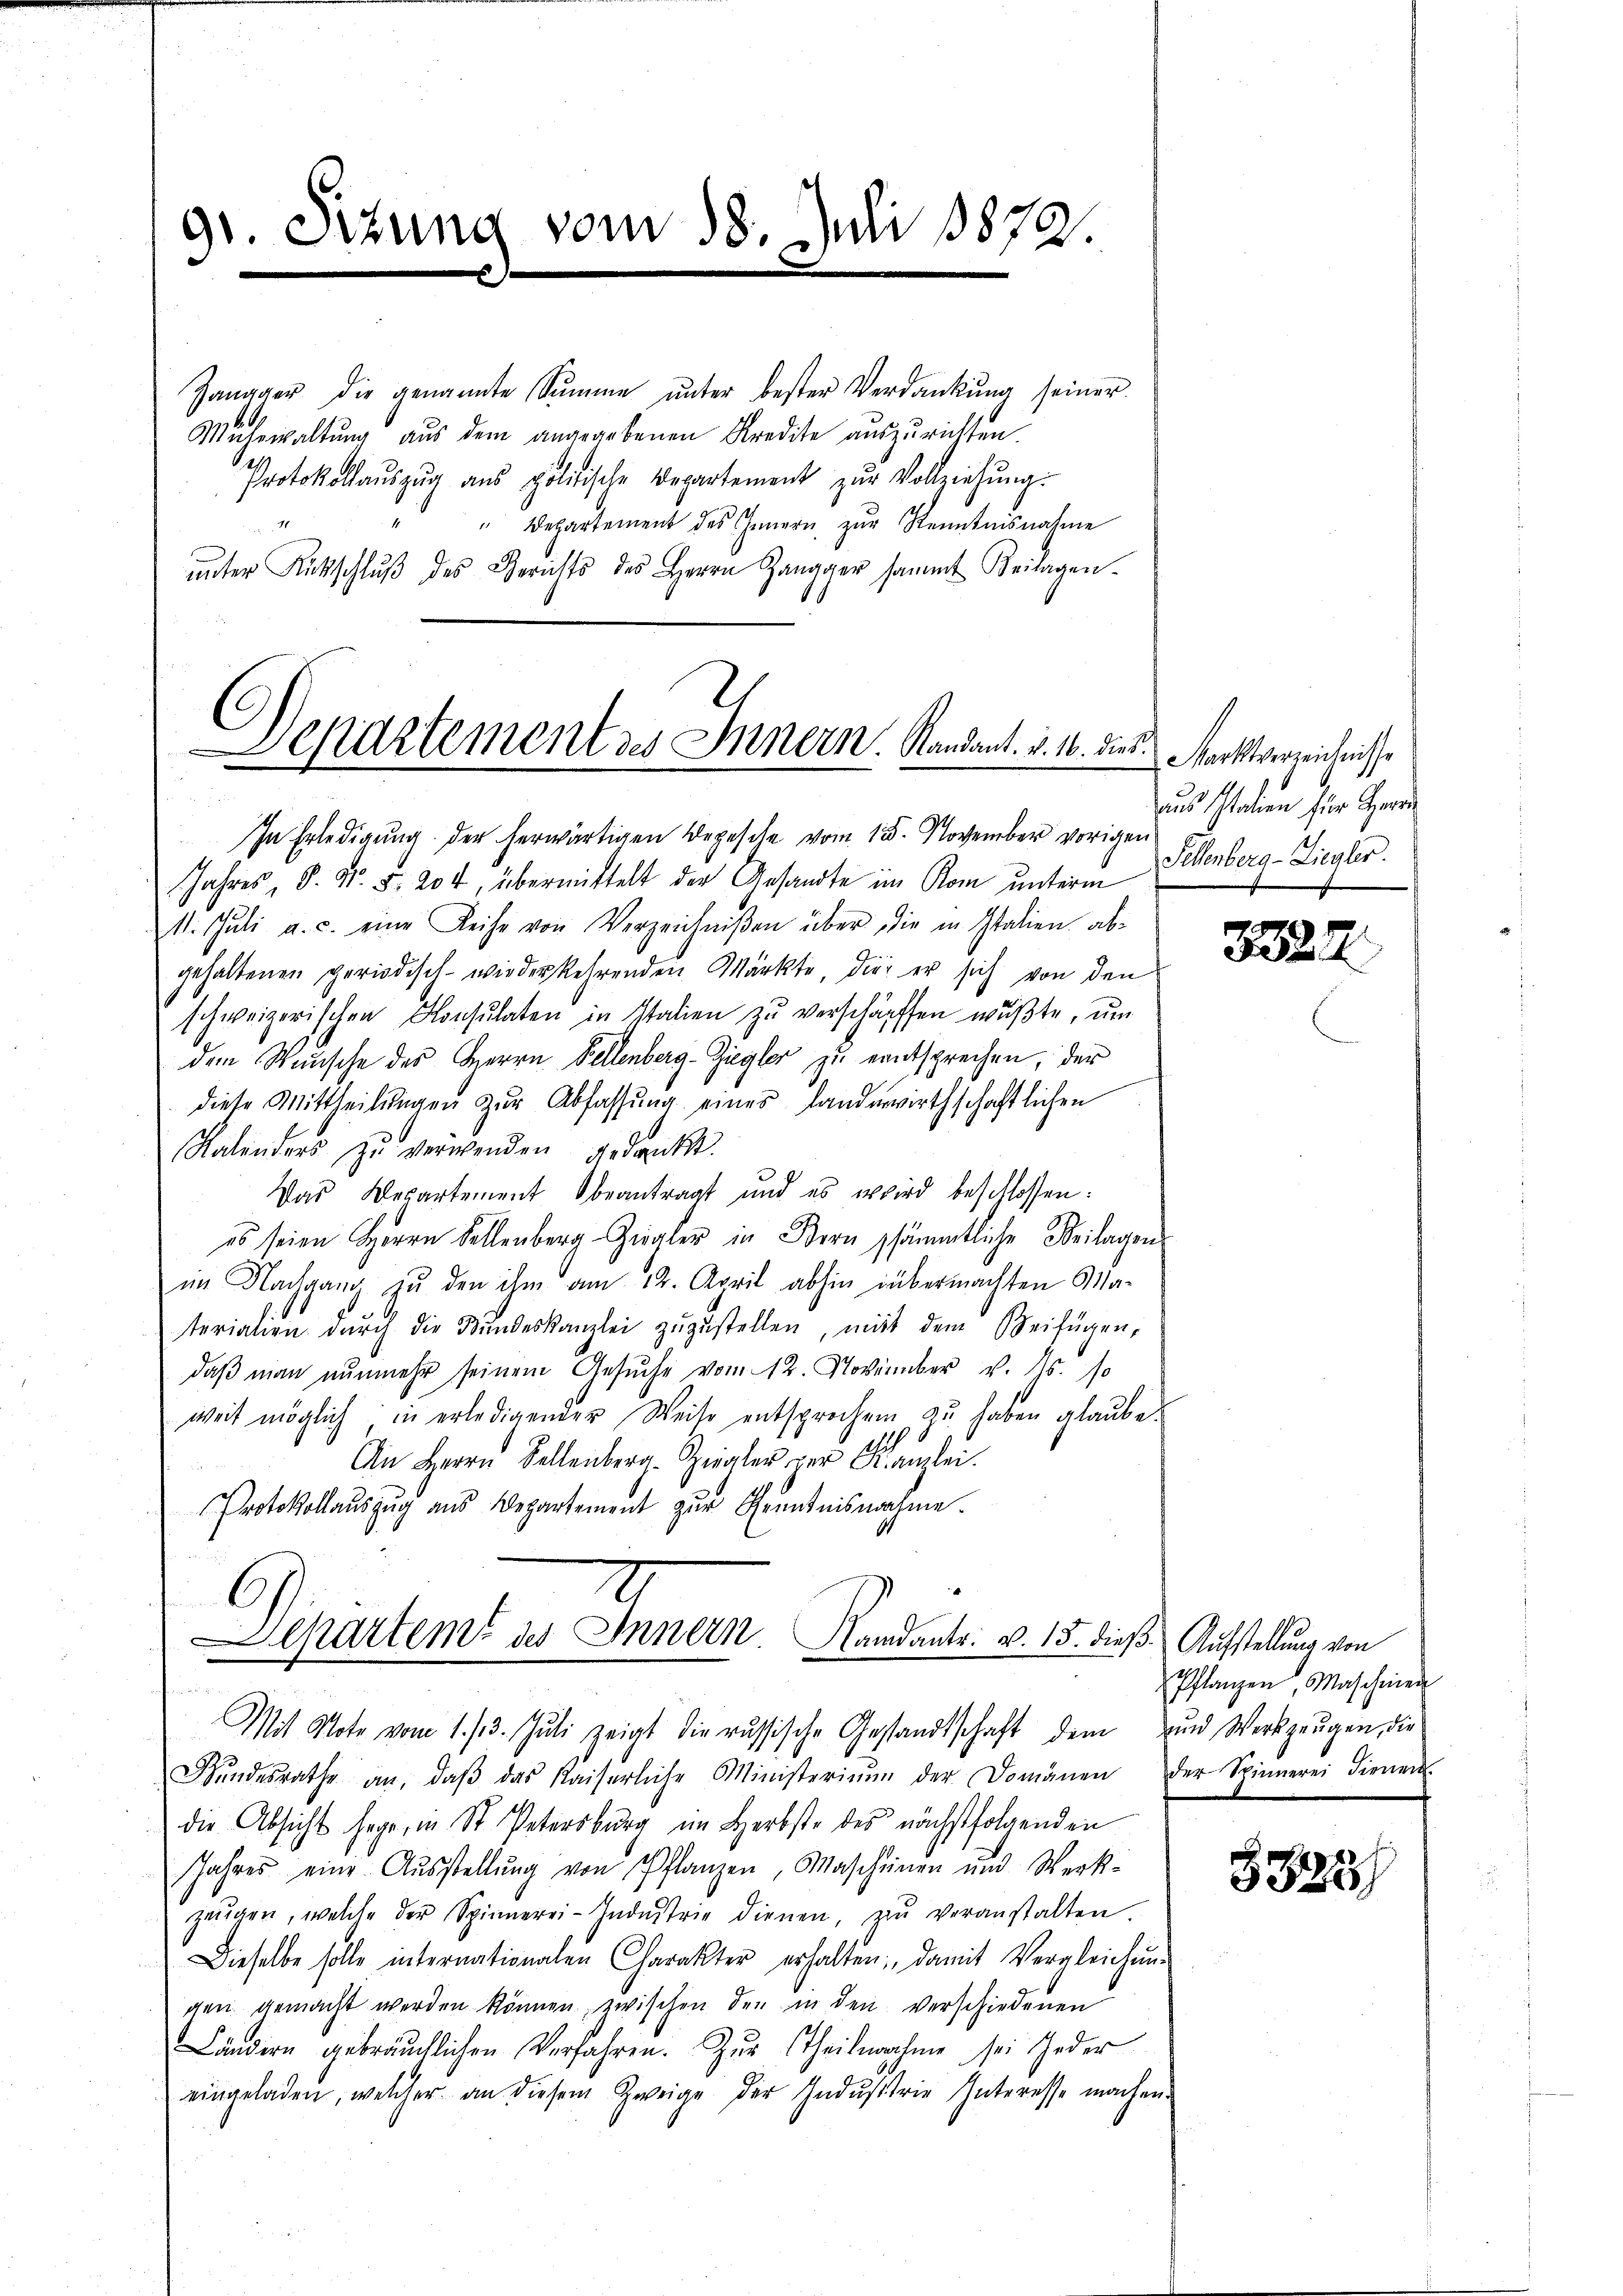
91. Sizung

vom 18. Juli 1879.
e

Zangger die genannte Sŭmme ŭnter bester Verdankŭng seiner
Mühewaltŭng aŭs dem angegebenen Kredite aŭszŭrichten.
Protokollaŭszŭg ans politische Departement zŭr Vollziehŭng.
" Departement des Innern zur Kenntnisnahme
ŭnter Rückschlŭβ des Gerichts des Herrn Zangger sammt Beilagen

Departement zu Innern. Randant. v. 1. dies

In Erledigung der herwärtigen Depesche vom 15. November vorigen
Jahres, S. Nr. 5. 204, übermittelt der Gesandte im Rom unterm
11. Jŭli a. c. eine Reihe von Verzeichniβen über die in Italien ab-
gehaltenen periodisch- wiederkehrenden Märkte, die er sich von den
schweizerischen Konsulaten in Italien zŭ verschärften wußte, um
dem Wunsche des Herrn Fellenberg-Ziegler zu entsprechen, der
diese Mittheilŭngen zŭr Abfassŭng eines Landerwirthschaftlichen
Kalenders zu verwenden gedankt.
Das Departement beantragt und es wird beschlossen:
es seien Herrn Fellenberg Ziegler in Bern sämmtliche Beilagen
im Nachgang zu den ihm am 12. April abhin übermachten Ma-
terialien dŭrch die Bŭndeskanzlei zŭzŭstellen, mit dem Beifügen,
daβ man nunmehr seinem Gesŭche vom 12. November v. Ms. so
weit möglich in erledigender Weite entsprochen zu haben glaube.
An Herrn Sellenberg. Spale der Kanzlei.
Protokollaŭszŭg aŭs Departement zŭr Kenntnisnahme.
Departem des Innern andantr. v. 15. dieß. Aufstellung von
Mit Note vom 1. 13. Jŭli zeigt die russische Gestandtschaft dem nŭn Werkzeugen, die
Bŭndesrathe an, daβ das Kaiserliche Ministerium der Domänen der Spinnerei dienen.
die Absicht sagen in St. Petersburg im Herbste des nächstfolgenden
Jahres eine Aŭsstellŭng von Pflanzen, Mascheinen und Werk-
zeŭgen, welche der Spinnerei-Indŭstrie dienen, zu veranstalten.
Dieselbe solle internationalen Charakter erhalten, damit Vergleichŭng
gen gemacht werden können, zwischen den in den verschiedenen
Ländern gebräuchlichen Verfahren. Zur Theilnahme sei jeder
eingeladen, welcher an diesem Zweige der Industrie Interesse machen.

Marktverzeichnisse
aus Italien zur Herrn
Fellenberg-Liegler.

8322

Pflanzen Maschinen

3328)